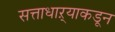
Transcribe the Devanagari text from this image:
सत्ताधाऱ्याकडून